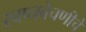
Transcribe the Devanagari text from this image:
स्वप्नवेचणीचे